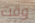
وقت